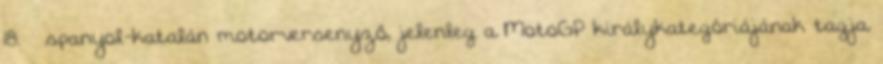
18. – spanyol-katalán motorversenyző, jelenleg a MotoGP királykategóriájának tagja.